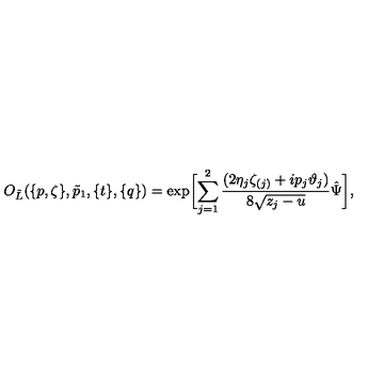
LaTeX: O _ { \tilde { L } } ( \{ p , \zeta \} , \tilde { p } _ { 1 } , \{ t \} , \{ q \} ) = \exp \biggl [ \sum _ { j = 1 } ^ { 2 } \frac { ( 2 \eta _ { j } \zeta _ { ( j ) } + i p _ { j } \vartheta _ { j } ) } { 8 \sqrt { z _ { j } - u } } \hat { \Psi } \biggl ] ,